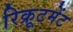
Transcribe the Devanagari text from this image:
रिक्रूटमेंट